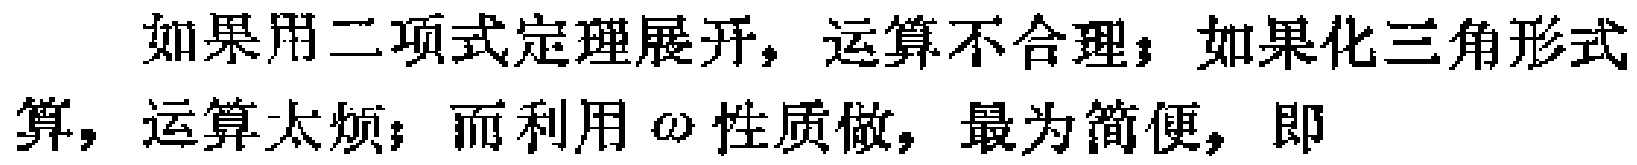
如果用二项式定理展开，运算不合理；如果化三角形式算，运算太烦；而利用\(\omega\)性质做，最为简便，即